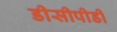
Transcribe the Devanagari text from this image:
डीसीपीडी